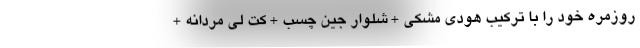
روزمره خود را با ترکیب هودی مشکی + شلوار جین چسب + کت لی مردانه +